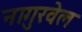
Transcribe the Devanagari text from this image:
नागुरवेल